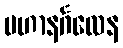
မဟာနင်္ဂလေန